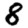
Digit: 8